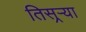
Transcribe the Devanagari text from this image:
तिसर्‍र्‍या